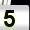
Digit: 5